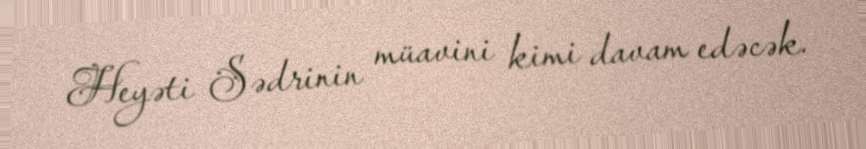
Heyəti Sədrinin müavini kimi davam edəcək.